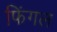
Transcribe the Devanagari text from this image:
फिंगल